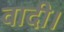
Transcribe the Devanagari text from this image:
वादी।